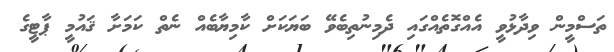
ތަސްމީން ވިދާޅުވީ އެއްގޮތެއްގައި ދެމިނުތިބެވޭ ބަޔަކަށް ކާމިޔާބެއް ނެތް ކަމަށާ ޤައުމީ ޕާޓީގެ